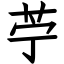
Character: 苧